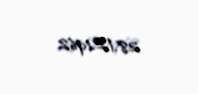
28.12.1962